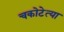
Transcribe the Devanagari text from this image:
चकोटेत्या